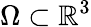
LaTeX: \Omega\subset\mathbb{R}^{3}